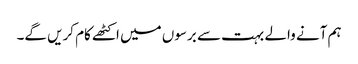
ہم آنے والے بہت سے برسوں میں اکٹھے کام کریں گے۔